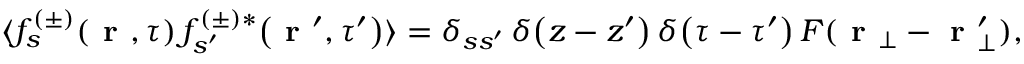
\langle f _ { s } ^ { ( \pm ) } \! \left( \textbf { r } , \tau \right) f _ { s ^ { \prime } } ^ { ( \pm ) * } \! \left( \textbf { r } ^ { \prime } , \tau ^ { \prime } \right) \rangle = \delta _ { s s ^ { \prime } } \, \delta \! \left( z - z ^ { \prime } \right) \delta \! \left( \tau - \tau ^ { \prime } \right) F ( \textbf { r } _ { \bot } - \textbf { r } _ { \bot } ^ { \prime } ) ,